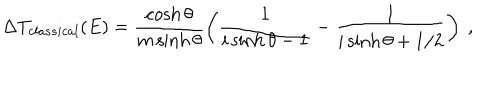
\Delta T _ { c l a s s i c a l } ( E ) = \frac { \cosh \theta } { m \sinh \theta } \left( \frac { 1 } { i \sinh \theta - 1 } - \frac { 1 } { i \sinh \theta + 1 / 2 } \right) \ ,